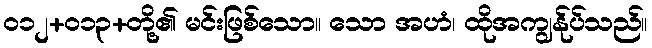
၀၁၂+၀၁၃+တို့၏ မင်းဖြစ်သော။ သော အဟံ၊ ထိုအကျွန်ုပ်သည်။